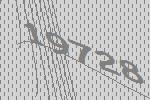
19728